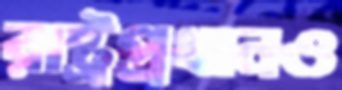
রাষ্ট্রপ্রধানও